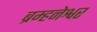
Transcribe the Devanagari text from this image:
ब्रम्हनेश्वर